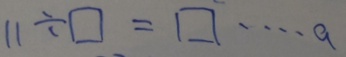
1 1 \div \square = \square \cdots a